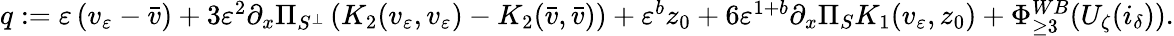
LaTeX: \begin{array}{r}{q:=\varepsilon\left(v_{\varepsilon}-\bar{v}\right)+3\varepsilon^{2}\partial_{x}\Pi_{S^{\perp}}\left(K_{2}(v_{\varepsilon},v_{\varepsilon})-K_{2}(\bar{v},\bar{v})\right)+\varepsilon^{b}z_{0}+6\varepsilon^{1+b}\partial_{x}\Pi_{S}K_{1}(v_{\varepsilon},z_{0})+\Phi_{\ge 3}^{WB}(U_{\zeta}(i_{\delta})).}\end{array}